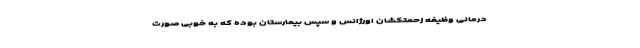
درمانی وظیفه زحمتکشان اورژانس و سپس بیمارستان بوده که به خوبی صورت